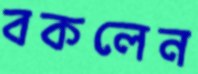
বকলেন